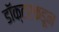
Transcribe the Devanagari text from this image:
डॉक्‍टरकडून